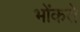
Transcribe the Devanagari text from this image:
भोंकते